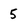
Character: 5